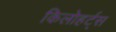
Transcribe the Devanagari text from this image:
किलोहर्ट्स